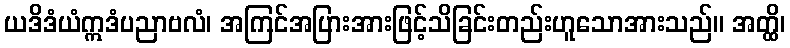
ယဒိဒံယံဣဒံပညာဗလံ၊ အကြင်အပြားအားဖြင့်သိခြင်းတည်းဟူသောအားသည်။ အတ္ထိ၊